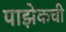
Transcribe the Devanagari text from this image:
पाझेकची